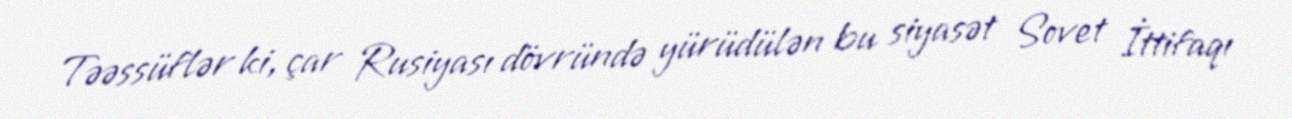
Təəssüflər ki, çar Rusiyası dövründə yürüdülən bu siyasət Sovet İttifaqı